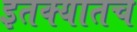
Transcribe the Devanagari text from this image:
इतक्यातच